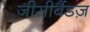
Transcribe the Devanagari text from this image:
जीसीबैंडज़